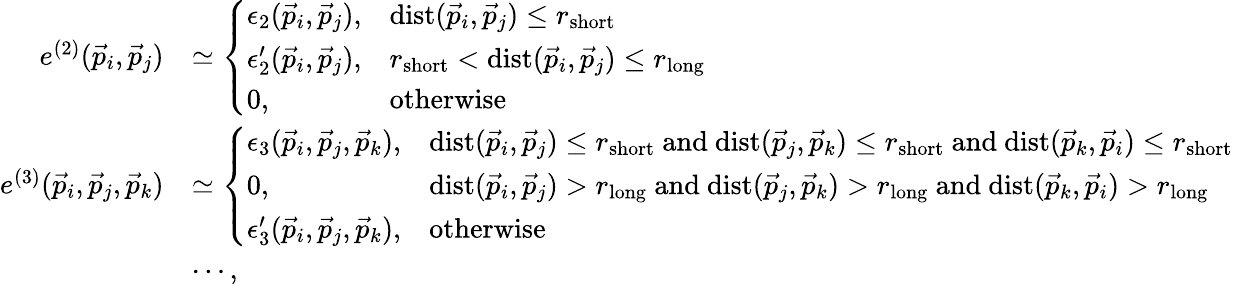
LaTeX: \begin{array}{rl}{e^{(2)}(\vec{p}_{i},\vec{p}_{j})}&{\simeq\left\{ \begin{array}{ll}{\epsilon_{2}(\vec{p}_{i},\vec{p}_{j}),}&{\mathrm{dist}(\vec{p}_{i},\vec{p}_{j})\leq r_{\mathrm{short}}}\\ {\epsilon_{2}^{\prime}(\vec{p}_{i},\vec{p}_{j}),}&{r_{\mathrm{short}}<\mathrm{dist}(\vec{p}_{i},\vec{p}_{j})\leq r_{\mathrm{long}}}\\ {0,}&{\mathrm{otherwise}}\end{array}\right.}\\ {e^{(3)}(\vec{p}_{i},\vec{p}_{j},\vec{p}_{k})}&{\simeq\left\{ \begin{array}{ll}{\epsilon_{3}(\vec{p}_{i},\vec{p}_{j},\vec{p}_{k}),}&{\mathrm{dist}(\vec{p}_{i},\vec{p}_{j})\leq r_{\mathrm{short}}\ \mathrm{and}\ \mathrm{dist}(\vec{p}_{j},\vec{p}_{k})\leq r_{\mathrm{short}}\ \mathrm{and}\ \mathrm{dist}(\vec{p}_{k},\vec{p}_{i})\leq r_{\mathrm{short}}}\\ {0,}&{\mathrm{dist}(\vec{p}_{i},\vec{p}_{j})>r_{\mathrm{long}}\ \mathrm{and}\ \mathrm{dist}(\vec{p}_{j},\vec{p}_{k})>r_{\mathrm{long}}\ \mathrm{and}\ \mathrm{dist}(\vec{p}_{k},\vec{p}_{i})>r_{\mathrm{long}}}\\ {\epsilon_{3}^{\prime}(\vec{p}_{i},\vec{p}_{j},\vec{p}_{k}),}&{\mathrm{otherwise}}\end{array}\right.}\\ &{\cdots,}\end{array}